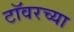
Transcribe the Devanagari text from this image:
टाॅवरच्या